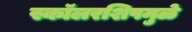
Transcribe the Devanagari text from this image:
स्कॉलरशिपमुळे